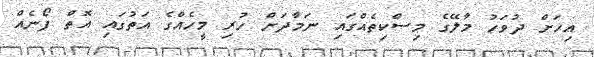
އިހަށް ދުވަހު މާލޭގެ މިސްކިތެއްގައި ނަމާދަށް ހުރި މީހެއްގެ އަތުގައި އޮތް ފޯނެއް